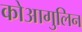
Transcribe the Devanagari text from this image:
कोआगुलिन